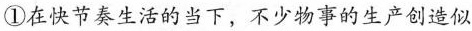
①在快节奏生活的当下，不少物事的生产创造似